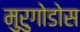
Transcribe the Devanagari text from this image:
मुरुगोडोस